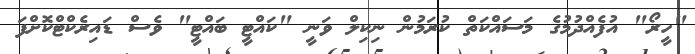
"ހީރޯ" އުފެއްދުމުގެ މަސައްކަތް ކުރަމުން ނިކިލް ވަނީ "ކައްޓީ ބައްޓީ" ވެސް ޑައިރެކްޓްކޮށްފަ